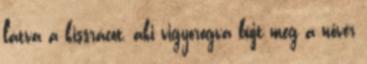
látva a kissrácot, aki vigyorogva bújt meg a nővér